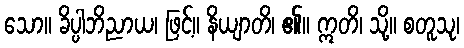
သော။ ခိပ္ပါဘိညာယ၊ ဖြင့်။ နိယျာတိ၊ ၏။ ဣတိ၊ သို့။ စတူသု၊